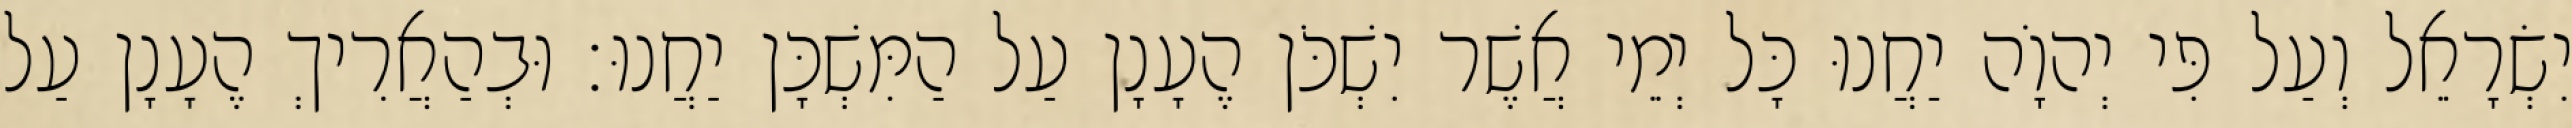
יִשְׂרָאֵל וְעַל פִּי יְהוָֹה יַחֲנוּ כָּל יְמֵי אֲשֶׁר יִשְׁכֹּן הֶעָנָן עַל הַמִּשְׁכָּן יַחֲנוּ׃ וּבְהַאֲרִיךְ הֶעָנָן עַל